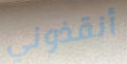
أنقذوني